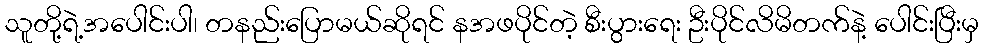
သူတို့ရဲ့အပေါင်းပါ၊ တနည်းပြောမယ်ဆိုရင် နအဖပိုင်တဲ့ စီးပွားရေး ဦးပိုင်လိမိတက်နဲ့ ပေါင်းပြီးမှ